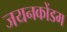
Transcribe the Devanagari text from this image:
जयनकोंडम